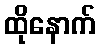
ထိုနောက်